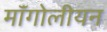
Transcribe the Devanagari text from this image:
मॉंगोलीयन